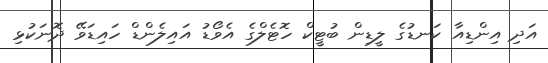
އަދި އިންޑިއާ ކަނޑުގެ ލީޑިން ބުޓީކް ހޮޓެލްގެ އެވޯޑު އައިލެންޑް ހައިޑަވޭ ދޮނަކުޅި